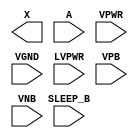
/**
 * Copyright 2020 The SkyWater PDK Authors
 *
 * Licensed under the Apache License, Version 2.0 (the "License");
 * you may not use this file except in compliance with the License.
 * You may obtain a copy of the License at
 *
 *     https://www.apache.org/licenses/LICENSE-2.0
 *
 * Unless required by applicable law or agreed to in writing, software
 * distributed under the License is distributed on an "AS IS" BASIS,
 * WITHOUT WARRANTIES OR CONDITIONS OF ANY KIND, either express or implied.
 * See the License for the specific language governing permissions and
 * limitations under the License.
 *
 * SPDX-License-Identifier: Apache-2.0
 */

`ifndef SKY130_FD_SC_HVL__LSBUFLV2HV_CLKISO_HLKG_PP_BLACKBOX_V
`define SKY130_FD_SC_HVL__LSBUFLV2HV_CLKISO_HLKG_PP_BLACKBOX_V

/**
 * lsbuflv2hv_clkiso_hlkg: Level-shift clock buffer, low voltage to
 *                         high voltage, isolated well
 *                         on input buffer, inverting sleep
 *                         mode input.
 *
 * Verilog stub definition (black box with power pins).
 *
 * WARNING: This file is autogenerated, do not modify directly!
 */

`timescale 1ns / 1ps
`default_nettype none

(* blackbox *)
module sky130_fd_sc_hvl__lsbuflv2hv_clkiso_hlkg (
    X      ,
    A      ,
    SLEEP_B,
    VPWR   ,
    VGND   ,
    LVPWR  ,
    VPB    ,
    VNB
);

    output X      ;
    input  A      ;
    input  SLEEP_B;
    input  VPWR   ;
    input  VGND   ;
    input  LVPWR  ;
    input  VPB    ;
    input  VNB    ;
endmodule

`default_nettype wire
`endif  // SKY130_FD_SC_HVL__LSBUFLV2HV_CLKISO_HLKG_PP_BLACKBOX_V